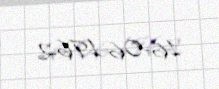
16-06-1962